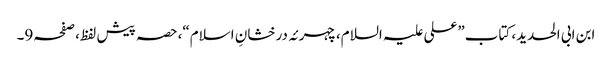
ابن ابی الحدید، کتاب”علی علیہ السلام،چہرئہ درخشانِ اسلام“،حصہ پیش لفظ،صفحہ9۔